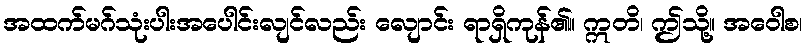
အထက်မဂ်သုံးပါးအပေါင်းလျင်လည်း လျောင်း ရာရှိကုန်၏။ ဣတိ၊ ဤသို့။ အဝေါစ၊